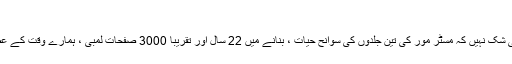
”
اکانومسٹ لکھتا ہے کہ اس میں کوئی شک نہیں کہ مسٹر مور کی تین جلدوں کی سوانح حیات ، بنانے میں 22 سال اور تقریبا 3000 صفحات لمبی ، ہمارے وقت کے عظیم سیاسی کاموں میں سے ایک ہے۔